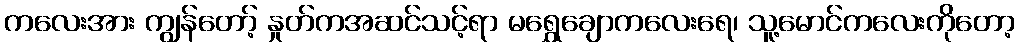
ကလေးအား ကျွန်တော့် နှုတ်ကအဆင်သင့်ရာ မရွှေချောကလေးရေ၊ သူ့မောင်ကလေးကိုတော့